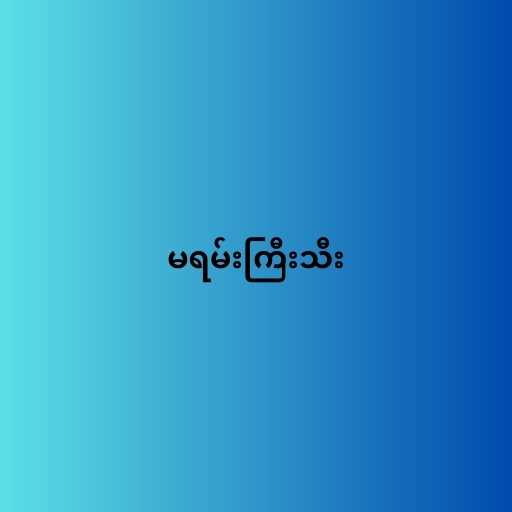
မရမ်းကြီးသီး